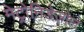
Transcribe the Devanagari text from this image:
मेट्रोनिडेज़ोल